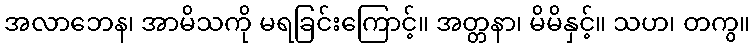
အလာဘေန၊ အာမိသကို မရခြင်းကြောင့်။ အတ္တနာ၊ မိမိနှင့်။ သဟ၊ တကွ။